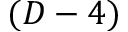
( D - 4 )